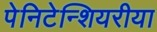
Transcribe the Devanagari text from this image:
पेनिटेन्शियरीया